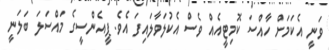
ވަނީ އެކަމަށް ހާއްސަ ކޮމިޓީއެއް ވެސް އެކުލަވާލައިފަ އެވެ. ޕީއެންސީގެ މައްސަލަ ބަލަނީ